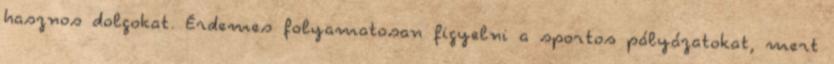
hasznos dolgokat. Érdemes folyamatosan figyelni a sportos pályázatokat, mert